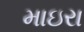
માઇરા